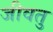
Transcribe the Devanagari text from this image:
जीवतु